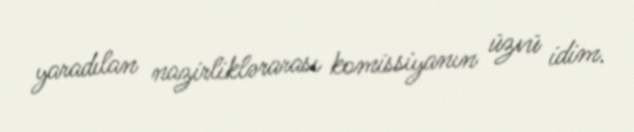
yaradılan nazirliklərarası komissiyanın üzvü idim.